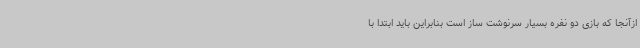
ازآنجا که بازی دو نفره بسیار سرنوشت ساز است بنابراین باید ابتدا با